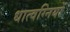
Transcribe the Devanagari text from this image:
धात्वग्नियों